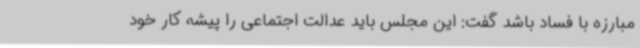
مبارزه با فساد باشد گفت: این مجلس باید عدالت اجتماعی را پیشه کار خود